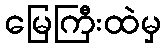
မြေကြီးထဲမှ